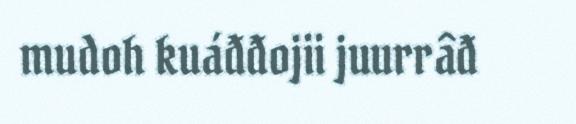
mudoh kuáđđojii juurrâđ